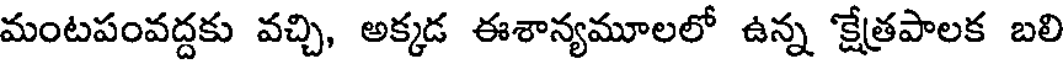
మంటపంవద్దకు వచ్చి, అక్కడ ఈశాన్యమూలలో ఉన్న 'క్షేత్రపాలక బలి